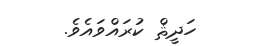
ހަދީޘް ކުރައްވައެވެ.